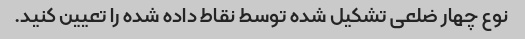
نوع چهار ضلعی تشکیل شده توسط نقاط داده شده را تعیین کنید.